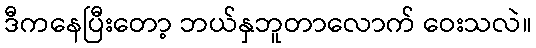
ဒီကနေပြီးတော့ ဘယ်နှဘူတာလောက် ဝေးသလဲ။